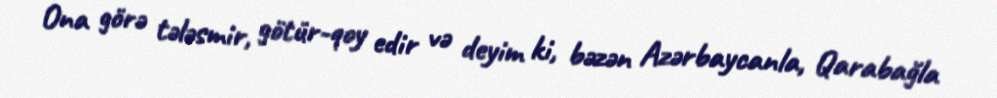
Ona görə tələsmir, götür-qoy edir və deyim ki, bəzən Azərbaycanla, Qarabağla